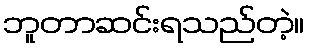
ဘူတာဆင်းရသည်တဲ့။